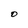
Character: O